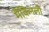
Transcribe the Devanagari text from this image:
मैकिनली